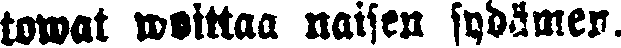
towat woittaa naisen sydämen.